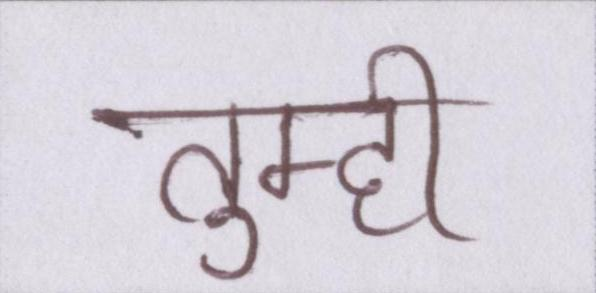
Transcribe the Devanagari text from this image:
तुम्ही